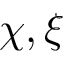
\chi , \xi